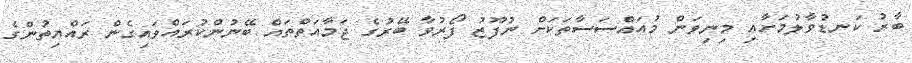
ބާރު ކަނޑުވާލުމަށާއި މިނިވަން މުއައްސަސާތަކަށް ނުފޫޒު ފޯރުވާ ބޭރުގެ ޖަމާއަތްތައް ބޭނުންކުރައްވައިގެން ރައްޔިތުންގެ